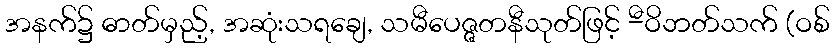
အနက်၌ ဓာတ်မှည့်, အဆုံးသရချေ, သမီပေဇ္ဇတနီသုတ်ဖြင့် -ီဝိဘတ်သက် (ဝစ်